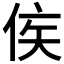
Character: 𬾗